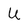
Character: U